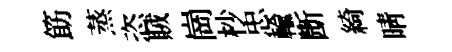
筯蒸恣賊崗杪忠輸㫁綺晴